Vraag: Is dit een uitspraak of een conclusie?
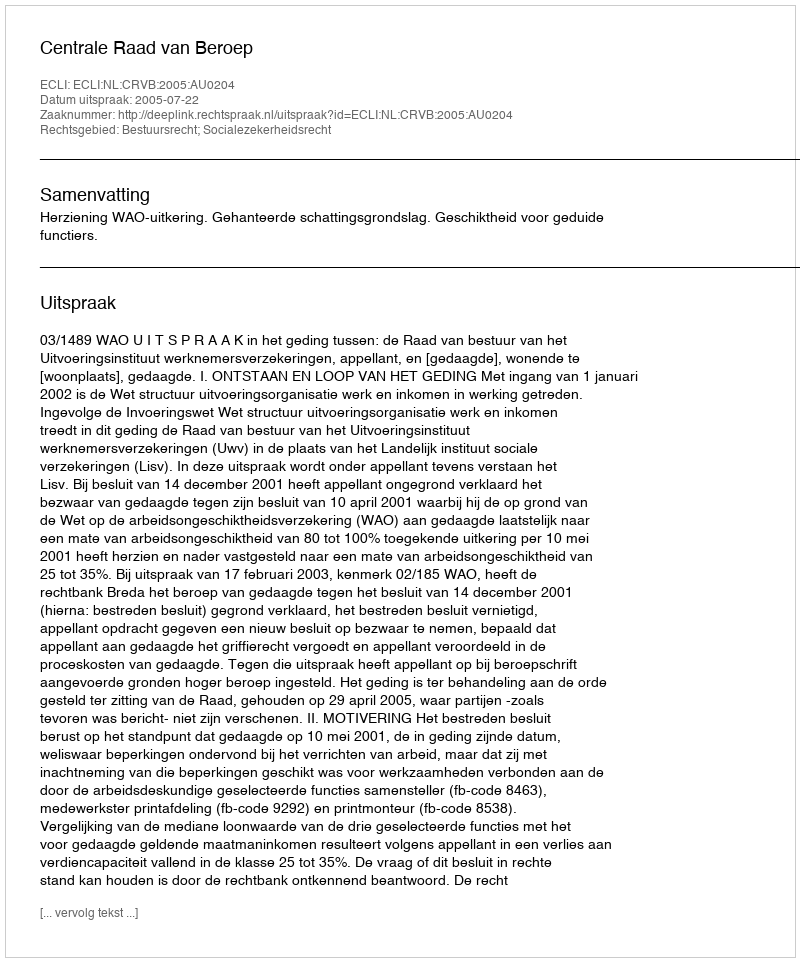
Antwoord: Uitspraak